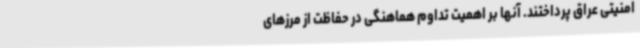
امنیتی عراق پرداختند. آنها بر اهمیت تداوم هماهنگی در حفاظت از مرزهای